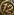
12